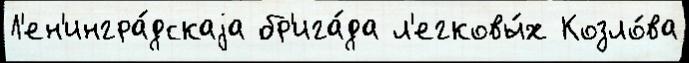
Л'ен'ингра́дскаjа бр'ига́да л'егковы́х Козло́ва